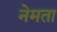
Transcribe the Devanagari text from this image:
नेमता